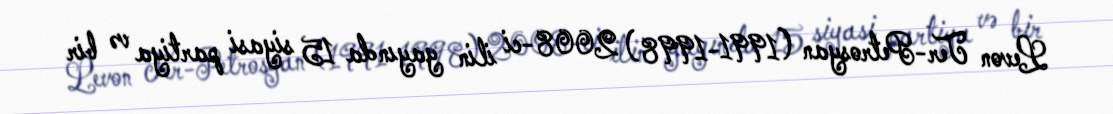
Levon Ter-Petrosyan (1991-1998) 2008-ci ilin yayında 15 siyasi partiya və bir